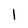
Character: l